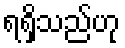
ရရှိသည်ဟု